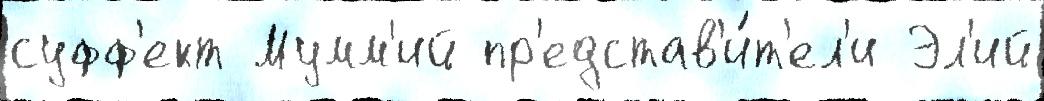
суфф'ект Мумм'ий пр'едстав'и́т'ел'и Эл'ий